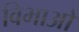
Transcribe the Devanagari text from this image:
विभाओ